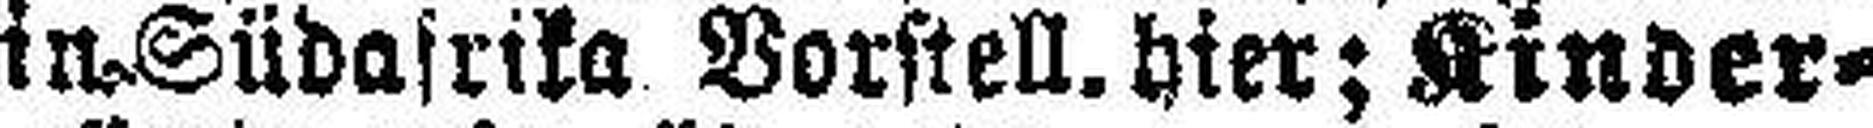
in Südafrika Vorstell. hier; Kinder¬